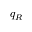
q _ { R }